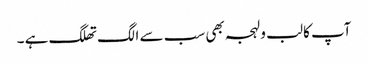
آپ کا لب و لہجہ بھی سب سے الگ تھلگ ہے ۔